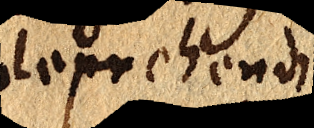
deprehendi